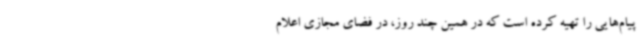
پیام‌هایی را تهیه کرده است که در همین چند روز، در فضای مجازی اعلام